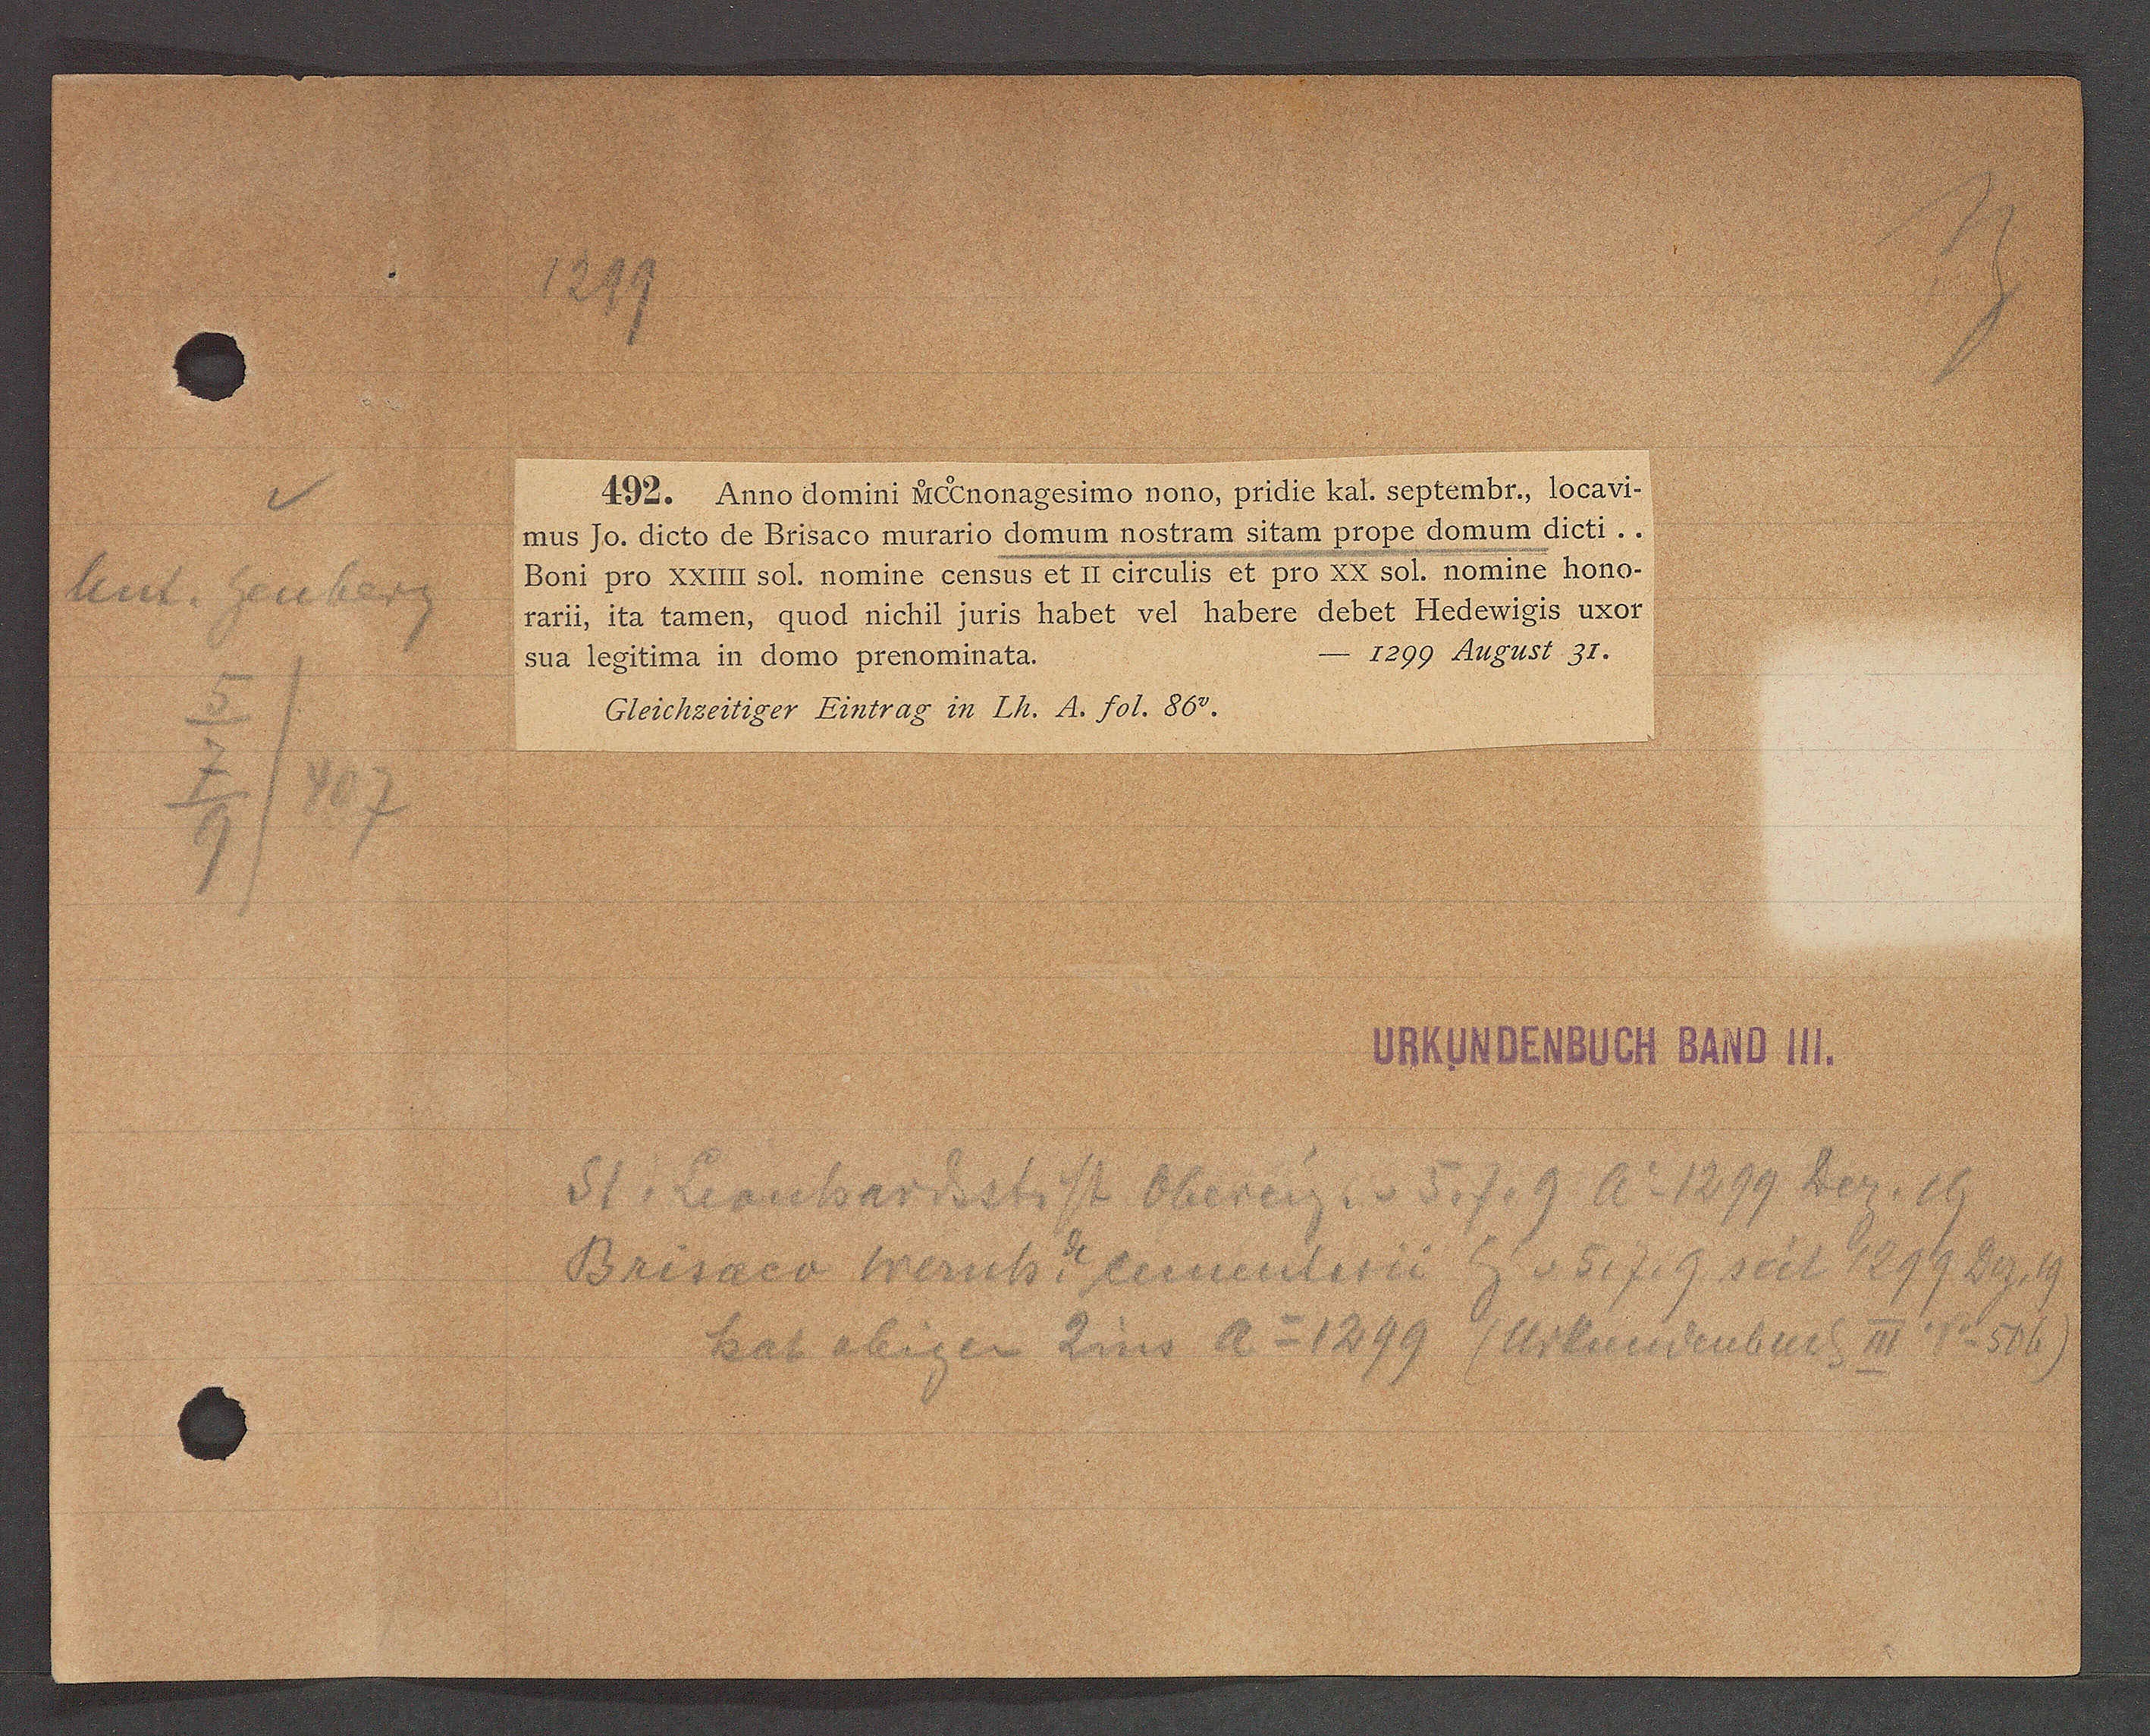
Transcript:
Thunh. Je 158

1217
452. Annodomini Nelnonagesime nono, pridie kal. septembr; 1ocavi
mus fo. dieto de Brisaco murario demum nostram sitam prope demum dieti..
Domi pro Lauusol. nomime genzus et I ereulis et pro ci sol. nomine hono¬
rarii, ita lamen, guod nichit jwris habet vel habere debet Fledewigis uxor
1299 Auzust 31.
Jud lesituma in demo prenominald.
Gleichsertiger Lintrag in Eh. d. Jol. 86.
Nituuocicich bauo 11.
Shelrecher ErtiHt Obereig. v 579 Ao 1179 Fese
Drisaer Werich hementerci E. v 5i7.g seit I 97 Ber
Sat obigen Zins Ao 1879 (lumenbucg 14 vo 1119